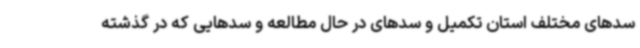
سدهای مختلف استان تکمیل و سدهای در حال مطالعه و سدهایی که در گذشته